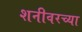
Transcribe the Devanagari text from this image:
शनीवरच्या